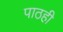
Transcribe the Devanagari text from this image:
पाठही